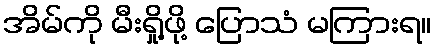
အိမ်ကို မီးရှို့ဖို့ ပြောသံ မကြားရ။